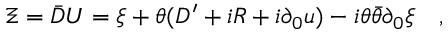
\Xi = \bar { D } U = \xi + \theta ( D ^ { \prime } + i R + i \partial _ { 0 } u ) - i \theta \bar { \theta } \partial _ { 0 } \xi \quad ,